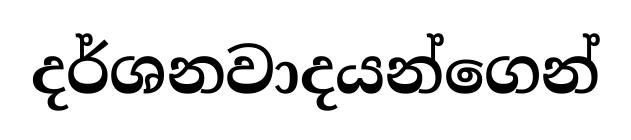
දර්ශනවාදයන්ගෙන්